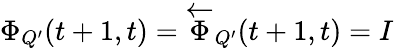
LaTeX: \Phi_{Q^{\prime}}(t+1,t)=\overleftarrow{\Phi}_{Q^{\prime}}(t+1,t)=I